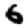
Digit: 6